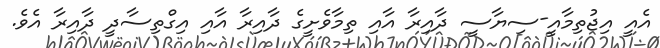
އެއީ އިޖުތިމާއީ-ސިޔާސީ ދާއިރާ އާއި ތިމާވެށީގެ ދާއިރާ އާއި އިގްތިސާދީ ދާއިރާ އެވެ.